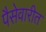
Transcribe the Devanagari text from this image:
पैसेवारीत